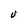
Character: V